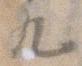
九